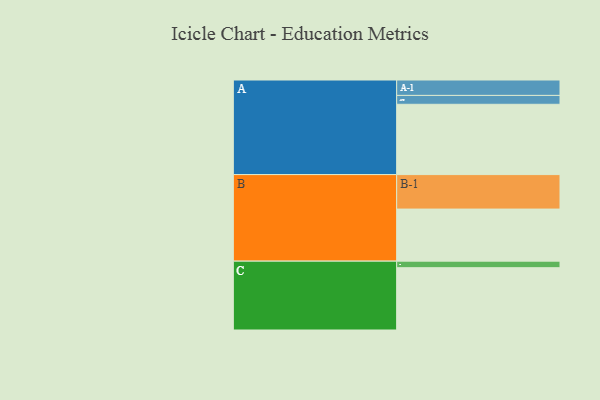
{"axis": {"x": "Segment", "y": "Value"}, "legend": ["", "A", "B", "C"], "data": [{"x": "A", "y": 579, "type": ""}, {"x": "B", "y": 429, "type": ""}, {"x": "C", "y": 513, "type": ""}, {"x": "A-1", "y": 127, "type": "A"}, {"x": "A-2", "y": 73, "type": "A"}, {"x": "B-1", "y": 284, "type": "B"}, {"x": "C-1", "y": 54, "type": "C"}]}